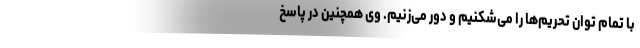
با تمام توان تحریم‌ها را می‌شکنیم و دور می‌زنیم. وی همچنین در پاسخ